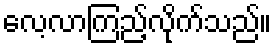
လေ့လာကြည့်လိုက်သည်။